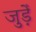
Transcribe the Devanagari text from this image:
जुड़ेँ